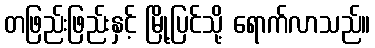
တဖြည်းဖြည်းနှင့် မြို့ပြင်သို့ ရောက်လာသည်။